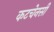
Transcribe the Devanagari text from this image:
कटचेनसी